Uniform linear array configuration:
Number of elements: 16
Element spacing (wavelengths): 0.75
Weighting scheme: exponential
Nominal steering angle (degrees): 45
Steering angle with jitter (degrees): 44.183
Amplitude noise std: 0.05
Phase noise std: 0.05

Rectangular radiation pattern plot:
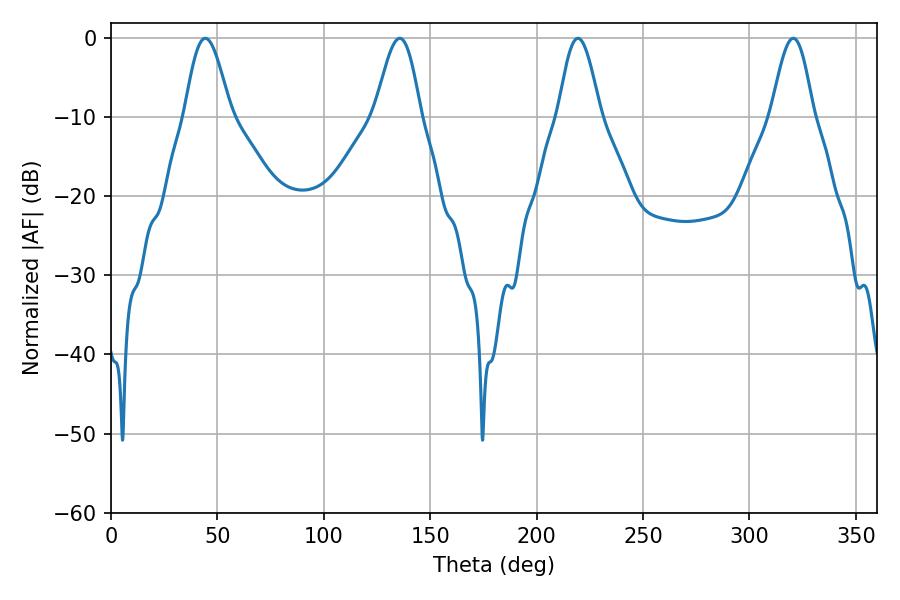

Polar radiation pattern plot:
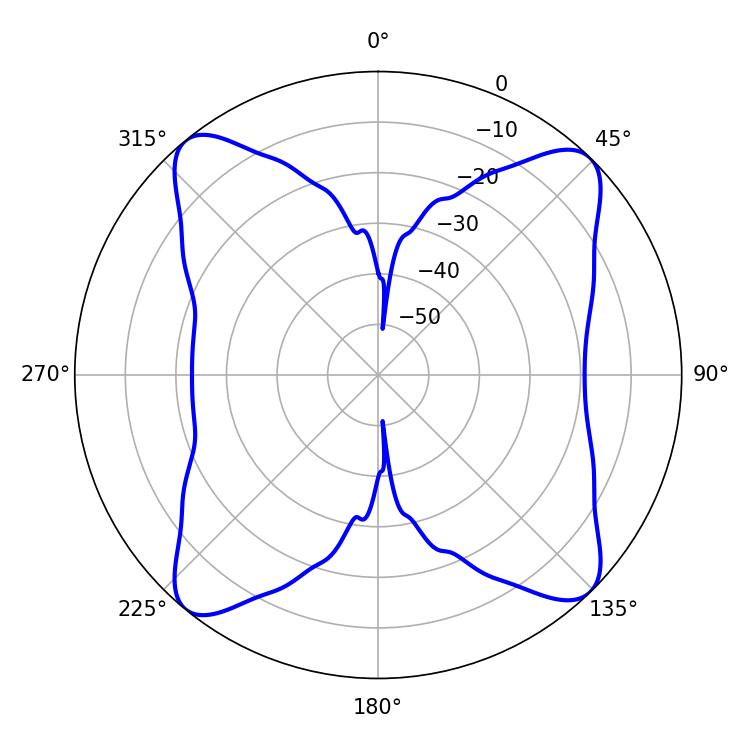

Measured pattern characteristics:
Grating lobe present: TRUE
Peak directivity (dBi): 14.848
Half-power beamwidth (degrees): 10.44
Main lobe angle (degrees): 219.42